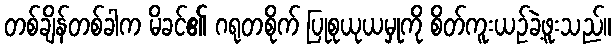
တစ်ချိန်တစ်ခါက မိခင်၏ ဂရုတစိုက် ပြုစုယုယမှုကို စိတ်ကူးယဉ်ခဲ့ဖူးသည်။